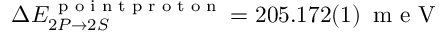
\Delta E _ { 2 P \rightarrow 2 S } ^ { \, \textrm { p o i n t p r o t o n } } = 2 0 5 . 1 7 2 ( 1 ) \, \textrm { m e V }